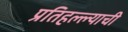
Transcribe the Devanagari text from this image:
प्रतिहल्ल्याची